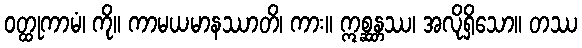
ဝတ္ထုကာမံ၊ ကို။ ကာမယမာနဿာတိ၊ ကား။ ဣစ္ဆန္တဿ၊ အလိုရှိသော။ တဿ